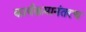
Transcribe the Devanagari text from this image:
कार्यक्रमानंतरच